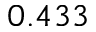
0 . 4 3 3